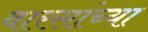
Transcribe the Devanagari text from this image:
वारसांच्या